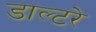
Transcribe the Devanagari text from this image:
डाल्टरे